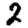
Digit: 2